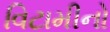
વિટામીનો